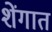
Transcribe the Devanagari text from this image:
शेंगात